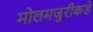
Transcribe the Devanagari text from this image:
मोलमजुरीकडे